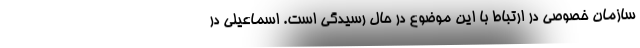
سازمان خصوصی در ارتباط با این موضوع در حال رسیدگی است. اسماعیلی در